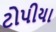
ટોપીયા